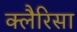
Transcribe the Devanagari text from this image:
क्लैरिसा